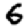
Digit: 6